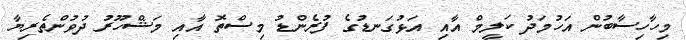
މިހާހިސާބުން އަހުމަދު ކަލީމް އާއި އަޅުގަނޑުގެ ފުރެންޑު މިސްތޮ އާއި މަޝްހޫރު ދުވުންތެރިޔާ